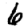
Digit: 6